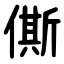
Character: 㒋